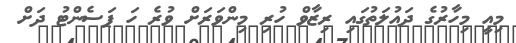
މިއީ މިހާރުގެ ދައުލަތުގައި ރިޒާވް ހުރި މިންވަރަށް ވުރެ ހަ ޕަސެންޓު ދަށް